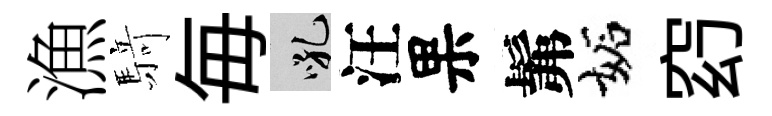
漁𮪍毎吼汪果髴妬𥥆